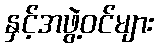
နှင့်အဖွဲ့ဝင်များ